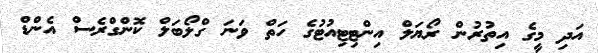
އަދި މީގެ އިތުރުން ރޯޔަލް އިންޓިޓިއުޓުގެ ހަތް ވަނަ ގްލޯބަލް ކޮންގްރެސް އެންޑް